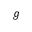
g